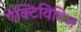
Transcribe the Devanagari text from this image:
ऐक्टिविटिज़